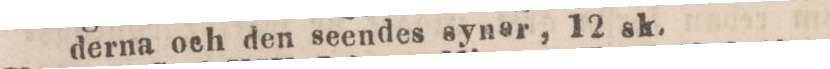
derna och den seendes syner, 12 sk.